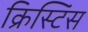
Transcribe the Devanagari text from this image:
क्रिस्टिंस